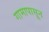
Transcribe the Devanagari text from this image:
गामापासून